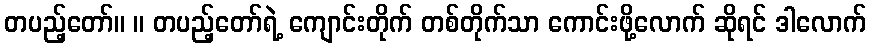
တပည့်တော်။ ။ တပည့်တော်ရဲ့ ကျောင်းတိုက် တစ်တိုက်သာ ကောင်းဖို့လောက် ဆိုရင် ဒါလောက်